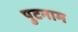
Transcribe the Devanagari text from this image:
पुटनाम